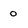
Character: o